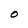
Character: O